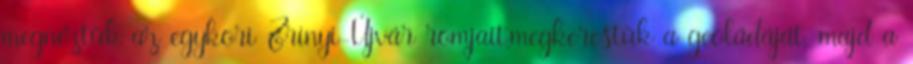
megnéztük az egykori Zrínyi-Újvár romjait,megkerestük a geoládáját, majd a